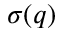
\sigma ( q )